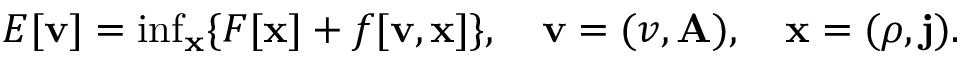
\begin{array} { r } { E [ \mathbf { v } ] = \operatorname* { i n f } _ { \mathbf { x } } \{ F [ \mathbf { x } ] + f [ \mathbf { v } , \mathbf { x } ] \} , \quad \mathbf { v } = ( v , \mathbf { A } ) , \quad \mathbf { x } = ( \rho , \mathbf { j } ) . } \end{array}